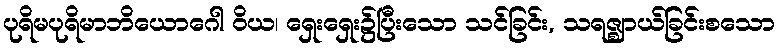
ပုရိမပုရိမာဘိယောဂေါ ဝိယ၊ ရှေးရှေး၌ပြီးသော သင်ခြင်း, သရဇ္ဈာယ်ခြင်းစသော